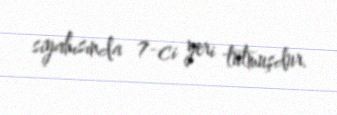
siyahısında 7-ci yeri tutmuşdur.